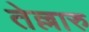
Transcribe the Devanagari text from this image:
तेल्लारु